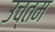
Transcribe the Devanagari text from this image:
उच्तम